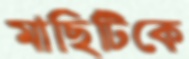
মাছিটিকে